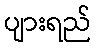
ပျားရည်